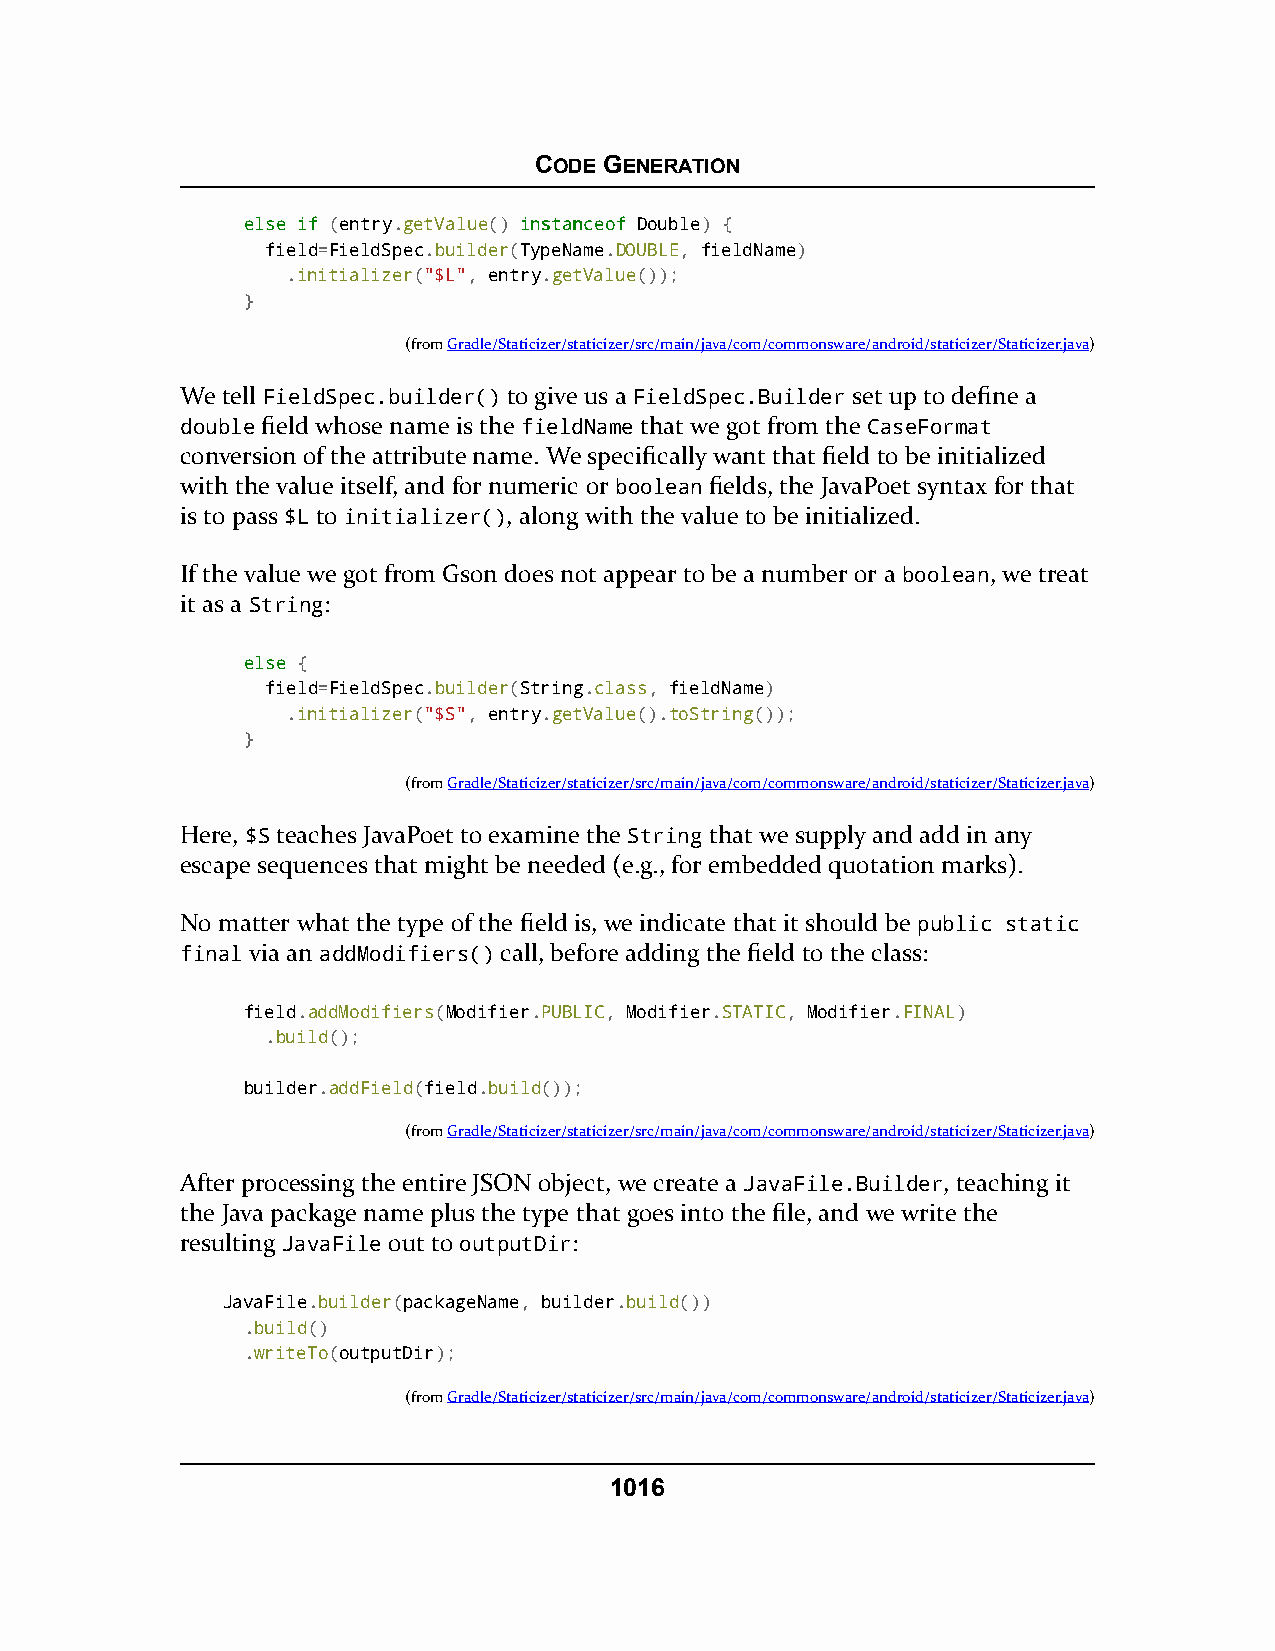
CODE GENERATION
 eellssee iiff (entry.getValue() iinnssttaanncceeooff Double) {
 field=FieldSpec.builder(TypeName.DOUBLE, fieldName)
 .initializer("$L", entry.getValue());
 }
 (fromGradle/Staticizer/staticizer/src/main/java/com/commonsware/android/staticizer/Staticizer.java)
 We tell FieldSpec.builder() to give us a FieldSpec.Builder set up to define a
 double field whose name is the fieldName that we got from the CaseFormat
 conversion of the attribute name. We specifically want that field to be initialized
 with the value itself, and for numeric or boolean fields, the JavaPoet syntax for that
 is to pass $L to initializer(), along with the value to be initialized.
 If the value we got from Gson does not appear to be a number or a boolean, we treat
 it as a String:
 eellssee {
 field=FieldSpec.builder(String.class, fieldName)
 .initializer("$S", entry.getValue().toString());
 }
 (fromGradle/Staticizer/staticizer/src/main/java/com/commonsware/android/staticizer/Staticizer.java)
 Here, $S teaches JavaPoet to examine the String that we supply and add in any
 escape sequences that might be needed (e.g., for embedded quotation marks).
 No matter what the type of the field is, we indicate that it should be public static
 final via an addModifiers() call, before adding the field to the class:
 field.addModifiers(Modifier.PUBLIC, Modifier.STATIC, Modifier.FINAL)
 .build();
 builder.addField(field.build());
 (fromGradle/Staticizer/staticizer/src/main/java/com/commonsware/android/staticizer/Staticizer.java)
 After processing the entire JSON object, we create a JavaFile.Builder, teaching it
 the Java package name plus the type that goes into the file, and we write the
 resulting JavaFile out to outputDir:
 JavaFile.builder(packageName, builder.build())
 .build()
 .writeTo(outputDir);
 (fromGradle/Staticizer/staticizer/src/main/java/com/commonsware/android/staticizer/Staticizer.java)
 1016